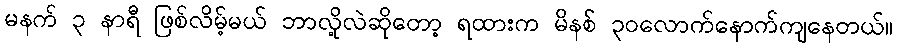
မနက် ၃ နာရီ ဖြစ်လိမ့်မယ် ဘာလို့လဲဆိုတော့ ရထားက မိနစ် ၃၀လောက်နောက်ကျနေတယ်။